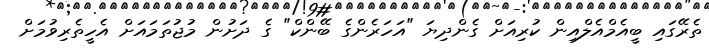
ތެރޭގައި ބީއެމްއެލްއިން ކުރިއަށް ގެންދިޔަ "އަހަރެންގެ ބޭންކް" ގެ ދަށުން މުޖުތަމައަށް އެހީތެރިވުމަށް